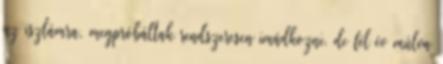
az iszlámra, megpróbáltak rendszeresen imádkozni, de fél év múlva